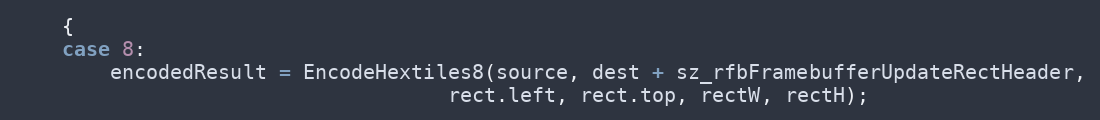
Language: C++
	{
	case 8:
		encodedResult = EncodeHextiles8(source, dest + sz_rfbFramebufferUpdateRectHeader,
									rect.left, rect.top, rectW, rectH);